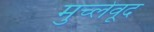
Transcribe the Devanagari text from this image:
मुच्लेवूद